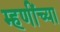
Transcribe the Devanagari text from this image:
म्हणींच्या